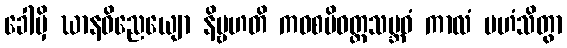
ခေါမှိ ဃာနဝိညေယျော နိဗ္ဗဟတိ ကဝစမိဝတ္တသမ္ဘဝံ ကာလံ ပဟံသိတွာ